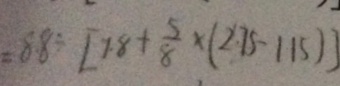
= 8 . 8 \div [ 1 . 8 + \frac { 5 } { 8 } \times ( 2 . 7 5 - 1 . 1 5 ) ]